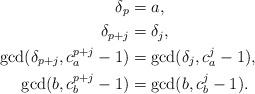
LaTeX: \begin{align*}\delta_p &= a, \\\delta_{p+j} &= \delta_j, \\\gcd(\delta_{p+j}, c_a^{p+j}-1) &= \gcd(\delta_j, c_a^j-1), \\\gcd(b, c_b^{p+j}-1) &= \gcd(b, c_b^j-1).\end{align*}